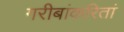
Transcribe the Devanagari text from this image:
गरीबांकरितां